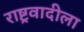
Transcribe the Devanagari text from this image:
राष्ट्रवादीला